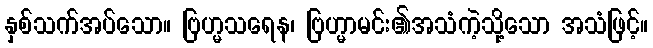
နှစ်သက်အပ်သော။ ဗြဟ္မသရေန၊ ဗြဟ္မာမင်း၏အသံကဲ့သို့သော အသံဖြင့်။